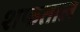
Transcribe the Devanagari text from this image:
शफताल